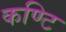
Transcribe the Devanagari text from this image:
कण्टि